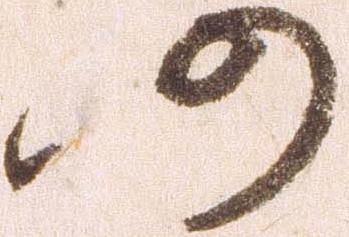
仍